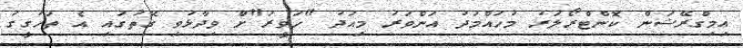
އިމިގްރޭޝަން ކޮންޓްރޯލަރު މުހައްމަދު އަންވަރު މިއަދު "ހަވީރަ"ށް ވިދާޅުވި ގޮތުގައި އެ ތަހުގީގު